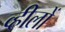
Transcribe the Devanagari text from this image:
व्हीलों